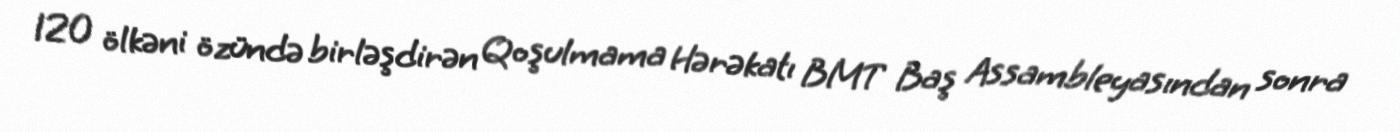
120 ölkəni özündə birləşdirən Qoşulmama Hərəkatı BMT Baş Assambleyasından sonra